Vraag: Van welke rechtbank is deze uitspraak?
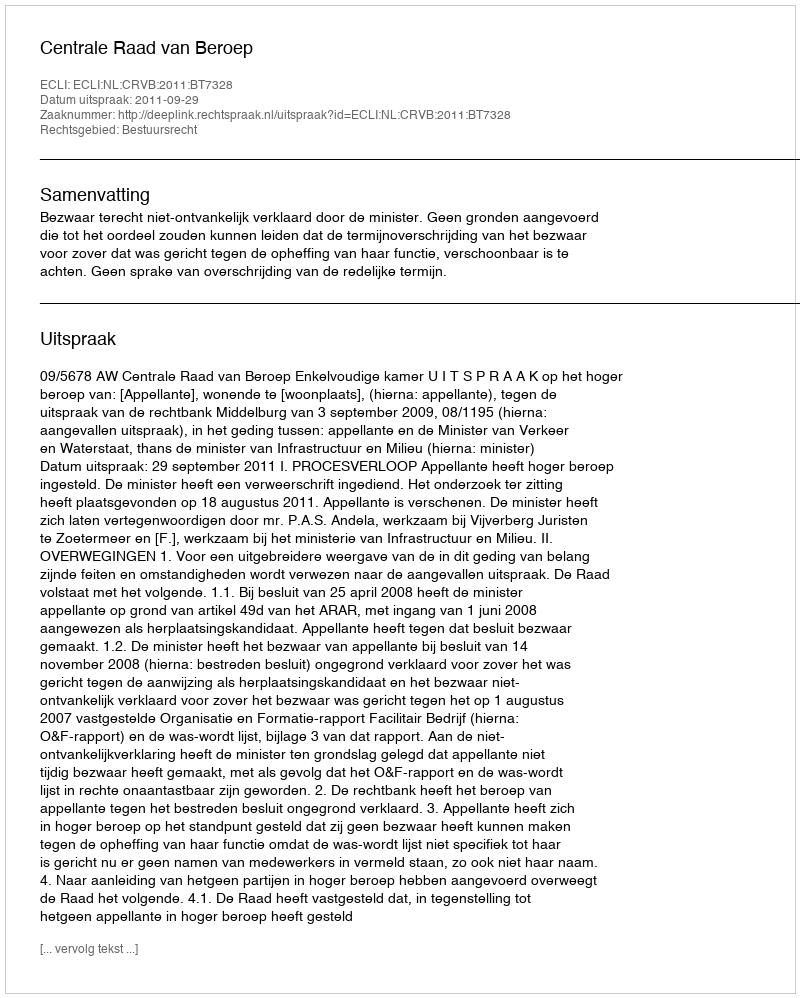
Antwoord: Centrale Raad van Beroep